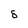
Character: 8